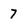
Character: 7